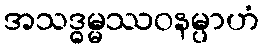
အသဒ္ဓမ္မဿဝနမ္ပာဟံ